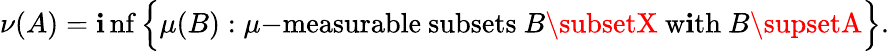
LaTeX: \nu(A)=\operatorname*{\mathbf{i}nf}{\Big\{ }\mu(B):\mu{\mathrm{{-measurable~subsets~}}}B\subsetX{\mathrm{{~w\mathbf{i}th~}}}B\supsetA{\Big\} }.